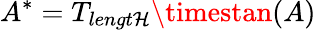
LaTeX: A^{*}=T_{lengt\mathcal{H}}\timestan(A)